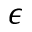
\epsilon